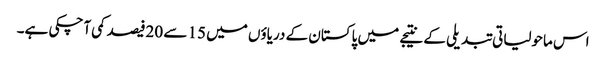
اس ماحولیاتی تبدیلی کے نتیجے میں پاکستان کے دریاؤں میں 15 سے 20فیصد کمی آچکی ہے۔